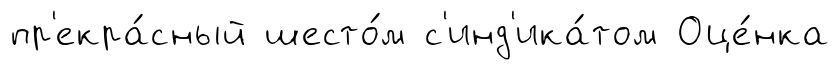
пр'екра́сный шесто́м с'инд'ика́том Оце́нка